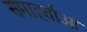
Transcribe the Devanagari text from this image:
समाहर्ताओं